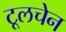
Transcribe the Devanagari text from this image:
टूलचेन